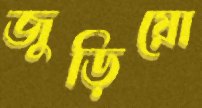
জুড়িয়ো